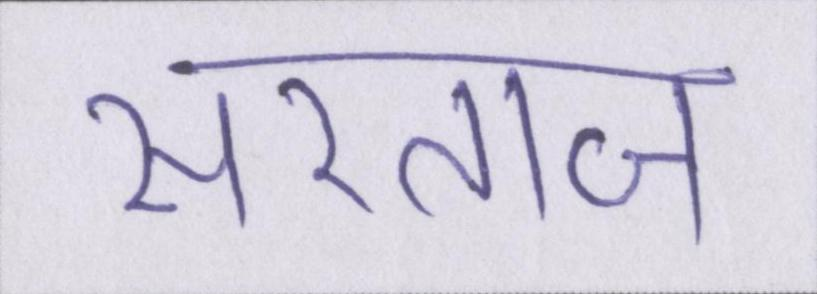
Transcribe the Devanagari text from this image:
सरताज